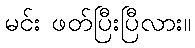
မင်း ဖတ်ပြီးပြီလား။